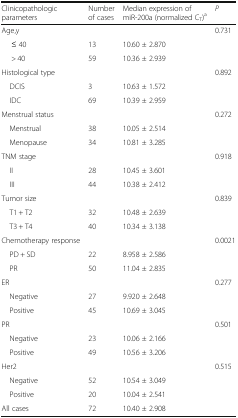
| Clinicopathologic parameters | Number of cases | Median expression of miR-200a (normalized CT)a | P |
 | --- | --- | --- | --- |
 | Age,y |  |  | 0.731 |
 | ≤ 40 | 13 | 10.60 ± 2.870 |  |
 | > 40 | 59 | 10.36 ± 2.939 |  |
 | Histological type |  |  | 0.892 |
 | DCIS | 3 | 10.63 ± 1.572 |  |
 | IDC | 69 | 10.39 ± 2.959 |  |
 | Menstrual status |  |  | 0.272 |
 | Menstrual | 38 | 10.05 ± 2.514 |  |
 | Menopause | 34 | 10.81 ± 3.285 |  |
 | TNM stage |  |  | 0.918 |
 | II | 28 | 10.45 ± 3.601 |  |
 | III | 44 | 10.38 ± 2.412 |  |
 | Tumor size |  |  | 0.839 |
 | T1 + T2 | 32 | 10.48 ± 2.639 |  |
 | T3 + T4 | 40 | 10.34 ± 3.138 |  |
 | Chemotherapy response |  |  | 0.0021 |
 | PD + SD | 22 | 8.958 ± 2.586 |  |
 | PR | 50 | 11.04 ± 2.835 |  |
 | ER |  |  | 0.277 |
 | Negative | 27 | 9.920 ± 2.648 |  |
 | Positive | 45 | 10.69 ± 3.045 |  |
 | PR |  |  | 0.501 |
 | Negative | 23 | 10.06 ± 2.166 |  |
 | Positive | 49 | 10.56 ± 3.206 |  |
 | Her2 |  |  | 0.515 |
 | Negative | 52 | 10.54 ± 3.049 |  |
 | Positive | 20 | 10.04 ± 2.541 |  |
 | All cases | 72 | 10.40 ± 2.908 |  |